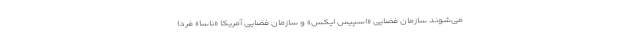
می‌شوند سازمان فضایی «اسپیس ایکس» و سازمان فضایی آمریکا «ناسا» فردا